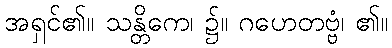
အရှင်၏။ သန္တိကေ၊ ၌။ ဂဟေတဗ္ဗံ၊ ၏။